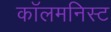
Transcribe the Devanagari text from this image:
कॉलमनिस्ट